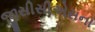
જીસીસીએસના